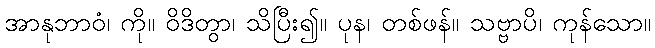
အာနုဘာဝံ၊ ကို။ ဝိဒိတွာ၊ သိပြီး၍။ ပုန၊ တစ်ဖန်။ သဗ္ဗာပိ၊ ကုန်သော။